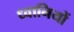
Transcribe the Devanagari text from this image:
ध्वानियों